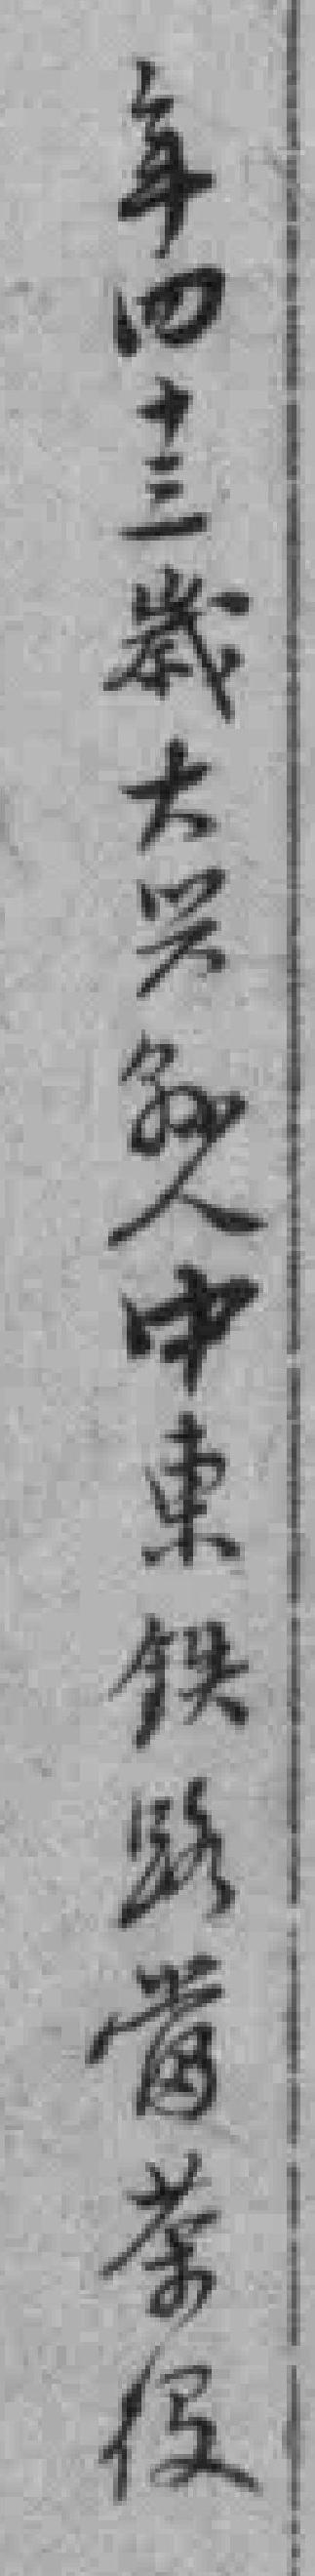
年四十三歲大兴縣人中東铁路當茶役